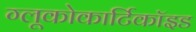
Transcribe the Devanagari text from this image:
ग्लूकोकार्टिकॉइड